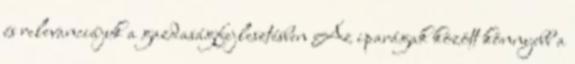
és relevanciájuk a gazdaságfejlesztésben Az iparágak között könnyebb a